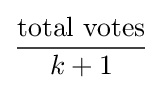
{\frac {\text{total votes}}{k+1}}